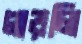
গাড়লি